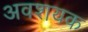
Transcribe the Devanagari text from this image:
अवशयक